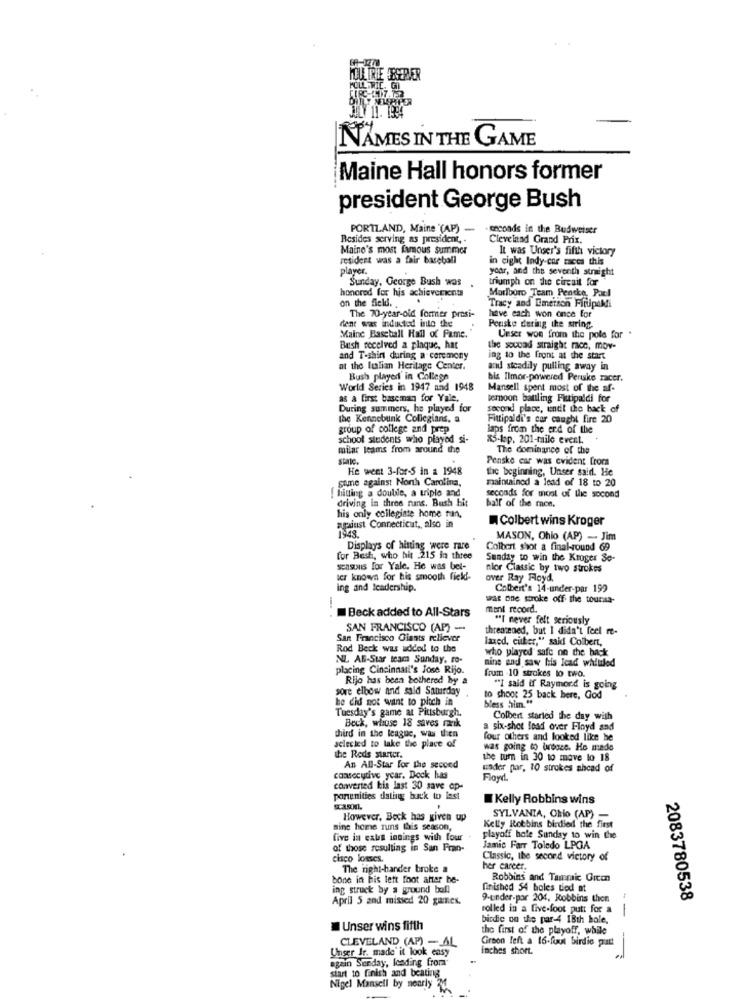
NAMES IN THE GAME
Maine Hall honors former
president George Bush
PORTLAND, Maine '(AP) - . ceconds in the Budweiser
Besides serving as president, .
Cleveland Grand Prix.
Maine's most famous summer
It was Unser's fifth victory
resident was a fair baseball
in cighe Indy-cor races this
player.
year, and the seventh straight
Sunday, George Bush was
triumph on the circuit for
Marlboro Team Peneke, Paul
honored for his achieverients
on the field ...
Tracy and Emerson Fittipaldi
dent was inducted into the
The 70-year-old former presi-
have each won once for
Penske dering the wiring.
Maine Baseball Hall of Fame.
Unser won from the pole for
Bush received a plaque, hat
the souoad straight race, mov-
and T-shirt during a ceremony
ing to the front at the start
at the ltalian Heritage Center.
and steadily pulling away in
Bush played in College
bis Ilmor-powered Peruke racer.
World Series in 1947 and 1948
Mansell spent most of the af-
as a first baseman for Yale,
lemnoon battling Fittipaldi for
During summers, he played for
second place, endt the back of
The Kennebunk Collegians. a
Fittipaldi's car caught fire 20
group of college and prep
laps from the end of the
school students who played si-
x5-lap. 201-mile event.
milar teams from around the
The dominance of the
state.
Penske car was evident from
He went 3-for-S in a 1948
the beginning, Unser said. He
game against North Carolina,
maintained a lead of 18 to 20
( hitting a double, a triple and
seconds for most of the second
driving in three runs. Bush hit
ball of the moe.
his only collegiate home ran,
I Colbert wins Kroger
apjust Connecticut, also in
MASON, Ohio (AP) - Jim
Displays of hinting were rare
Colbert shot a final-round 69
for Besh, who hit .215 in three
Sunday to win the Kroger So-
seasons for Yale. He was bel-
nior Classic by two strokes
ter known for his smooth field-
over Ray Floyd,
ing and leadership.
Colbert's 14-under-par 199
wat one stroke off the toursa-
.. .
Beck added to All-Stars
mant record.
"I never felt seriously
SAN FRANCISCO (AP) -
hrearened, but I didn't feel me-
San Francisco Giants reliever
laxed, citter," said Colbert,
Rod Beck was added to the
who played safe on the back
NL AN-Star team Sunday, ro-
placing Cincinnati's Jose Rijo.
nine and saw huis Icad whiuled
Rijo has been bothered by a
from -10 strokes to two.
sore elbow and sald Saturday
""I said if Raymond is going
he did not want to pitch in
to shoot 25 back here, God
Tuesday's game at Pittsburgh.
bless him."
Beck, whose 18 saves rik
Colbert started the day with
a six-shot load over Floyd and
third in the league, was then
four others and looked like he
selected to lake the place of
was going to brdoce. He made
the Reds starter.
the turn in 30 to move lo 18
An All-Star for the second
under par, 10 strokes ahead of
consecutive year, Dock has
Floyd.
converted his last 30 save op-
ponunities dating back to last
Kelly Robbins wins
However, Bock has given up
Kelly Robbins birdied the first
SYLVANIA, Ohio (AP) -
sine home runs this season,
five in cala innings with four
playoff hole Sunday to win the
of those resulting in San Fran-
Jamie Farr Toledo LPGA
cisco lonscs.
Classic, the second victory of
The right-hander broke a
her career.
bone in his left foot after be-
Robbins and Tammic Orcon
ing struck by a ground ball
finished 54 boles tied at
April 5 and missed 20 games.
9-under-por 201. Robbins then
2083780538
rolled in a five-foot putt for &
--
birdic on the par-4 18th bole,
Unser wins fifth
the first of the playoff, while
CLEVELAND (AP) - AL
Groon left a 16-foot birdie pratt
Unser Ir. made it look easy
inches short.
again Sunday, loading from"
start to finish and beating
Nigel Mansell by nearly 20